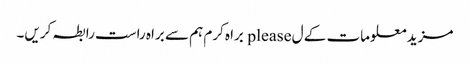
مزید معلومات کے ل please براہ کرم ہم سے براہ راست رابطہ کریں۔